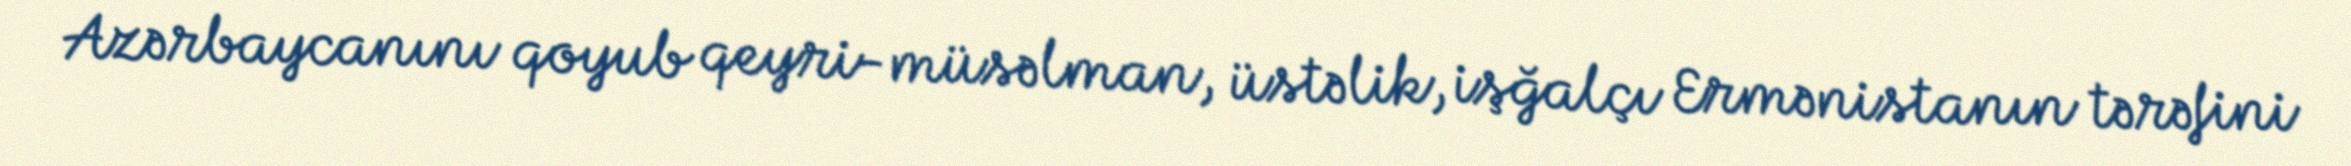
Azərbaycanını qoyub qeyri-müsəlman, üstəlik, işğalçı Ermənistanın tərəfini